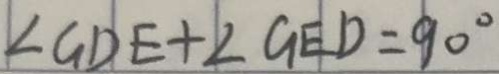
\angle G D E + \angle G E D = 9 0 ^ { \circ }